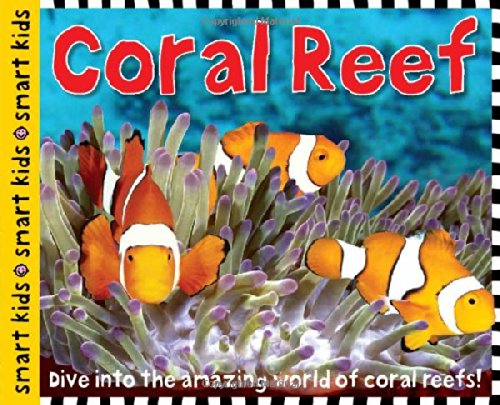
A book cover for Smart Kids: Coral Reef; Roger Priddy; Children's Books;